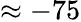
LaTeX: \approx-75